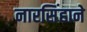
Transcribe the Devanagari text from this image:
नारसिंहाने